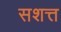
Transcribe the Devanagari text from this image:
सशत्त